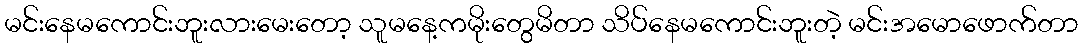
မင်းနေမကောင်းဘူးလားမေးတော့ သူမနေ့ကမိုးတွေမိတာ သိပ်နေမကောင်းဘူးတဲ့ မင်းအမောဖောက်တာ